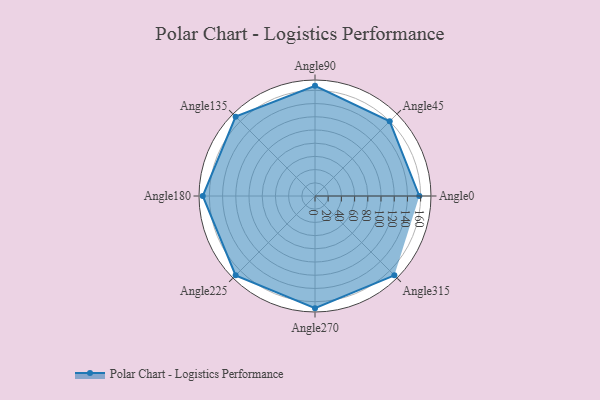
{"axis": {"x": "Angle", "y": "Radius"}, "legend": [""], "data": [{"x": "Angle0", "y": 158.0, "type": ""}, {"x": "Angle45", "y": 160.0, "type": ""}, {"x": "Angle90", "y": 167.0, "type": ""}, {"x": "Angle135", "y": 170, "type": ""}, {"x": "Angle180", "y": 170, "type": ""}, {"x": "Angle225", "y": 170, "type": ""}, {"x": "Angle270", "y": 170, "type": ""}, {"x": "Angle315", "y": 170, "type": ""}]}